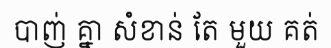
បាញ់ គ្នា សំខាន់ តែ មួយ គត់